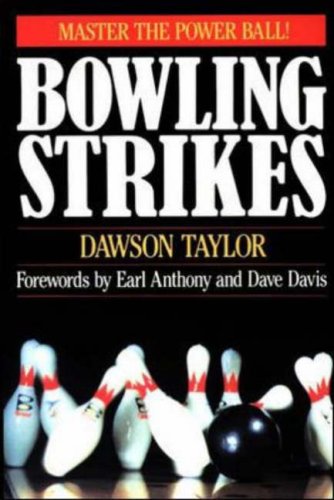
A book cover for Bowling Strikes; Dawson Taylor; Sports & Outdoors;